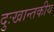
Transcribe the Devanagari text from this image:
दुःखान्तकीय